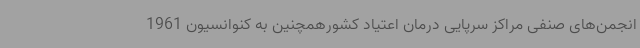
انجمن‌های صنفی مراکز سرپایی درمان اعتیاد کشورهمچنین به کنوانسیون 1961